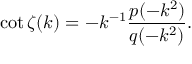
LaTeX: \cot \zeta ( k ) = - k ^ { - 1 } \frac { p ( - k ^ { 2 } ) } { q ( - k ^ { 2 } ) } .